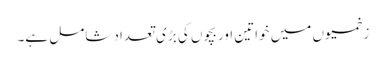
زخمیوں میں خواتین اور بچوں کی بڑی تعداد شامل ہے۔